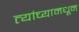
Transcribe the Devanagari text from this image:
त्यांच्यामधून